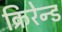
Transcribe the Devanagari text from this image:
क्रिरेन्ड